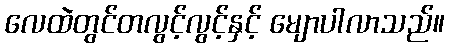
လေထဲတွင်တလွင့်လွင့်နှင့် မျောပါလာသည်။